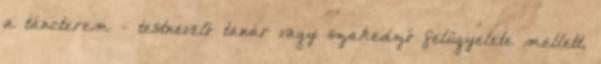
a táncterem - testnevelő tanár vagy szakedző felügyelete mellett,